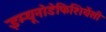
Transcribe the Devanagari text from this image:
इम्यूनोडेफिशियेंसी